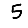
Digit: 5